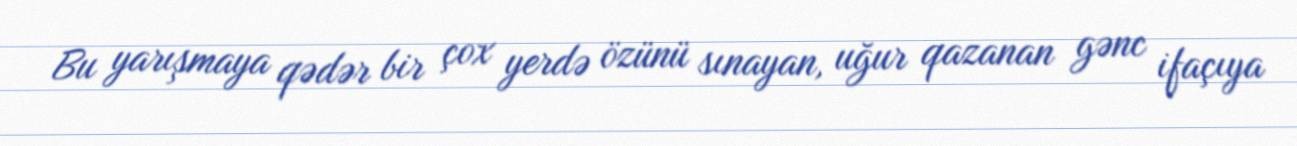
Bu yarışmaya qədər bir çox yerdə özünü sınayan, uğur qazanan gənc ifaçıya